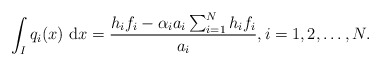
\begin{align*} \int_{I} q_i(x) ~\mathrm{d} x = \frac{h_if_i- \alpha_ia_i\sum_{i=1}^N h_i f_i}{a_i}, i=1,2,\dots, N. \end{align*}